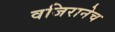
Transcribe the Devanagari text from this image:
वजिरानेच